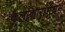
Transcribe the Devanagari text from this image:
कलाकारांमधून